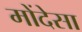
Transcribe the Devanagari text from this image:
मोंदेसा